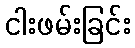
ငါးဖမ်းခြင်း